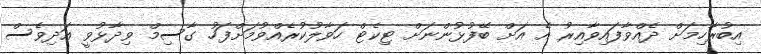
އިބުރާހިމަށް ދެއްވާފައިވާއިރު އެ އަށް ބޭފުޅުންނަށް ޓިކެޓް ހަވާލުކުރެއްވުމަށްފަހު ގާސިމް ވިދާޅުވީ އަދިވެސް